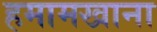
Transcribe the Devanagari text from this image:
हमामखाना